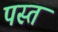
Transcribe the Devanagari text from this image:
पस्‍त